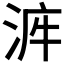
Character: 𣴿